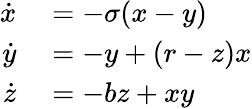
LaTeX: \begin{array}{rl}{\dot{x}}&{{}=-\sigma(x-y)}\\ {\dot{y}}&{{}=-y+(r-z)x}\\ {\dot{z}}&{{}=-bz+xy}\end{array}